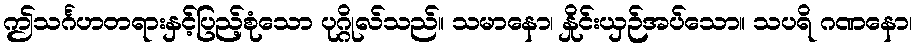
ဤသင်္ဂဟတရားနှင့်ပြည့်စုံသော ပုဂ္ဂိုလ်သည်။ သမာနော၊ နှိုင်းယှဉ်အပ်သော။ သပရိ ဂဏနော၊